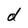
Character: d